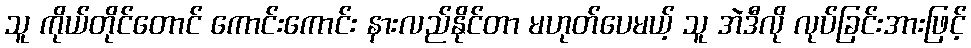
သူ ကိုယ်တိုင်တောင် ကောင်းကောင်း နားလည်နိုင်တာ မဟုတ်ပေမယ့် သူ အဲဒီလို လုပ်ခြင်းအားဖြင့်